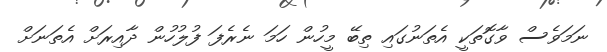
ނަމަވެސް ވާގޮތަކީ އެތަނުގައި ތިބޭ މީހުން ހަމަ ނެރެފަ ފުލުހުން ދާއިރަށް އެތަނަށް